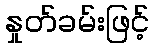
နှုတ်ခမ်းဖြင့်